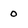
Character: 0